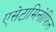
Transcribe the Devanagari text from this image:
एसेटामिनोफिन